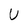
Character: U